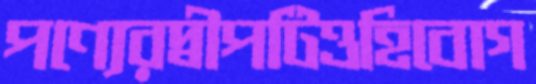
পণ্যেরদ্বীপটিওহিবোগ